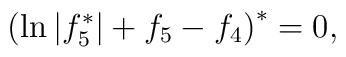
\left( \ln |f_{5}^{\ast }|+f_{5}-f_{4}\right) ^{\ast }=0,